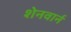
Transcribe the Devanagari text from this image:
शेनवार्न